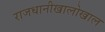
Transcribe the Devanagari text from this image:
राजधानीखालोखाल